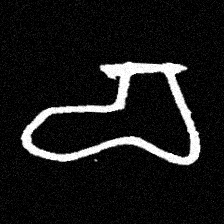
Pyu character \u2014 Myanmar letter: စ (romanized: ca)